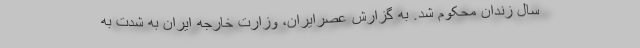
سال زندان محکوم شد. به گزارش عصرایران، وزارت خارجه ایران به شدت به